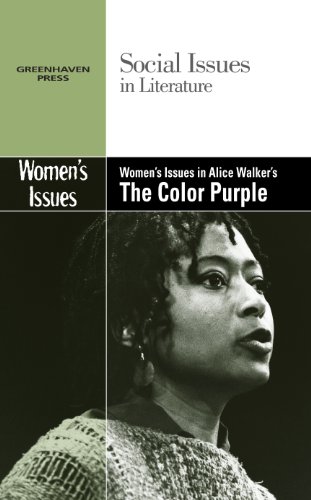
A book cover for Women's Issues in Alice Walker's The Color Purple (Social Issues in Literature); Claudia Durst Johnson; Teen & Young Adult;